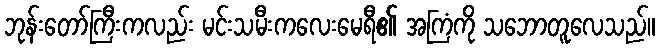
ဘုန်းတော်ကြီးကလည်း မင်းသမီးကလေးမေရီ၏ အကြံကို သဘောတူလေသည်။